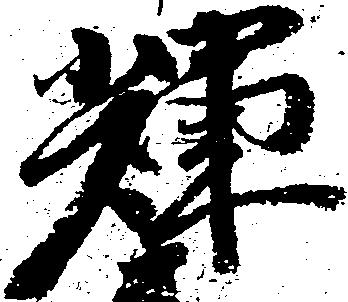
輝